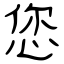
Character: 您